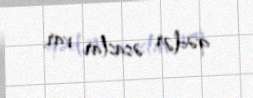
qədər əsaslar var.